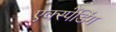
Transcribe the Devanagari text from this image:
एक्स्पेंडिंग